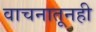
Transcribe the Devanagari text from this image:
वाचनातूनही